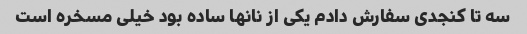
سه تا کنجدی سفارش دادم یکی از نانها ساده بود خیلی مسخره است